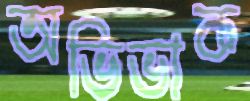
অভিভাক